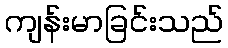
ကျန်းမာခြင်းသည်